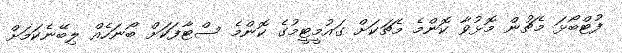
ފުޓްބޯޅަ މެޗުން މޮޅުވާ ކޮންމެ މެޗަކަށް ގައުމީޓީމުގެ ކޮންމެ ސްޓާފަކަށް ބޯނަހެއް ލިބޭނެކަމަށް